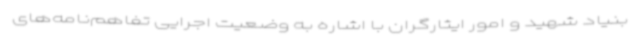
بنیاد شهید و امور ایثارگران با اشاره به وضعیت اجرایی تفاهم‌نامه‌های